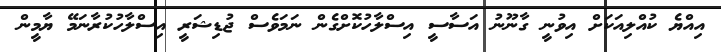
އިއްޔެ ކުއްލިއަކަށް އިވުނީ ގާނޫނު އަސާސީ އިސްލާހުކޮށްގެން ނަމަވެސް ޖުޑިޝަރީ އިސްލާހުކުރާނަމޭ ޔާމީން